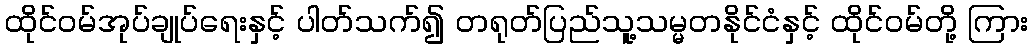
ထိုင်ဝမ်အုပ်ချုပ်ရေးနှင့် ပါတ်သက်၍ တရုတ်ပြည်သူ့သမ္မတနိုင်ငံနှင့် ထိုင်ဝမ်တို့ ကြား